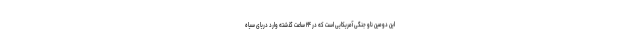
این دومین ناو جنگی آمریکایی است که در ۲۴ ساعت گذشته وارد دریای سیاه